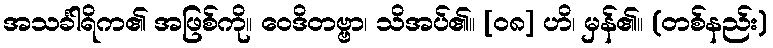
အသင်္ခါရိက၏ အဖြစ်ကို။ ဝေဒိတဗ္ဗာ၊ သိအပ်၏။ [၀၈] ဟိ၊ မှန်၏။ (တစ်နည်း)